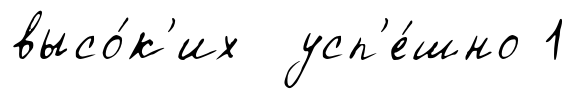
высо́к'их усп'е́шно 1